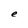
Character: e